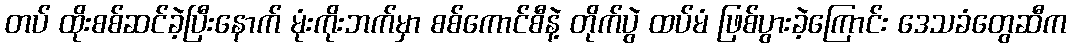
တပ် ထိုးစစ်ဆင်ခဲ့ပြီးနောက် မုံးကိုးဘက်မှာ စစ်ကောင်စီနဲ့ တိုက်ပွဲ ထပ်မံ ဖြစ်ပွားခဲ့ကြောင်း ဒေသခံတွေဆီက